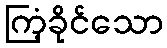
ကြံ့ခိုင်သော